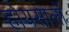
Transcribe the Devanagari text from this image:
होयसालों